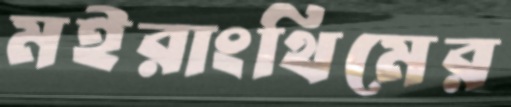
মইরাংথিমের